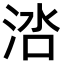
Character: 𬇱